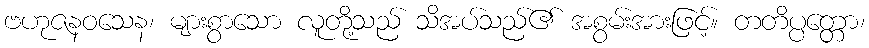
ဗဟုဇနဝသေန၊ များစွာသော လူတို့သည် သိအပ်သည်၏ အစွမ်းအားဖြင့်။ တတိပ္ပတ္တော၊